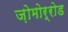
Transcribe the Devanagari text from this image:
ज़ोमोर्रोड